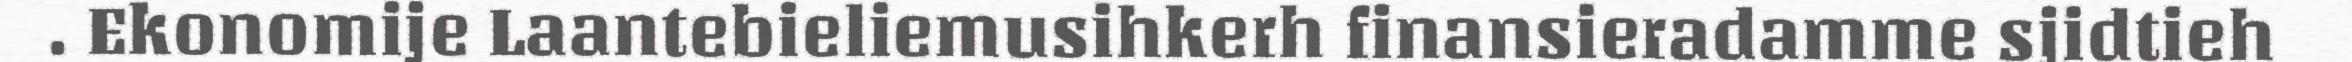
. Ekonomije Laantebieliemusihkerh finansieradamme sjidtieh